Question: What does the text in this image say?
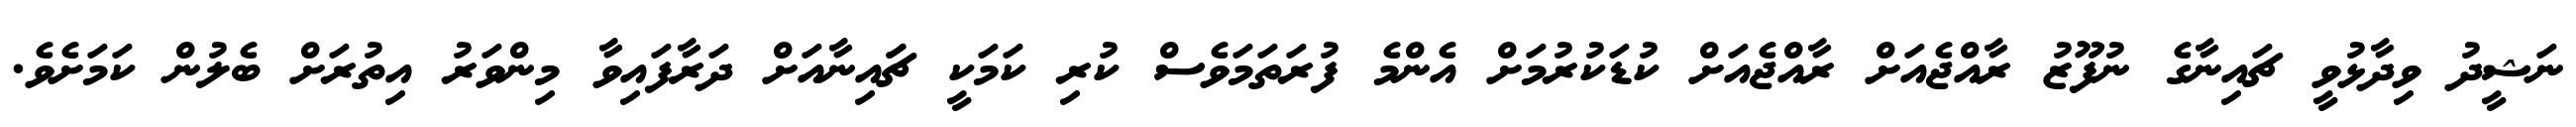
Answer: ނަޝީދު ވިދާޅުވީ ޗައިނާގެ ނުފޫޒު ރާއްޖެއަށް ރާއްޖެއަށް ކުޑަކުރުމަށް އެންމެ ފުރަތަމަވެސް ކުރި ކަމަކީ ޗަައިނާއަށް ދަރާފައިވާ މިންވަރު އިތުރަށް ބެލުން ކަމަށެވެ.